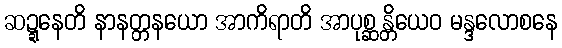
ဆဍ္ဍနေတိ နာနတ္တနယော အာကိရာတိ အာပုစ္ဆန္တိယေဝ မန္ဒလောစနေ